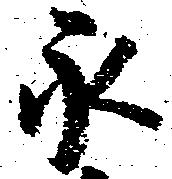
永